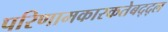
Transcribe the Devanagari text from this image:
परिणामकारकतेबद्द्ल